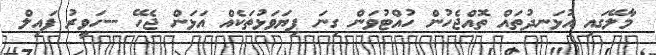
މާލޭގައި އުޅަނދުތައް ތޮއްޖެހުން ހުއްޓުވަން ގިނަ ފިޔަވަޅުތަކެއް އަޅަން ޖެހޭ --ހަވީރު ފައިލް